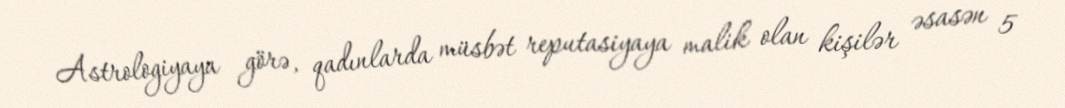
Astrologiyaya görə, qadınlarda müsbət reputasiyaya malik olan kişilər əsasən 5